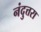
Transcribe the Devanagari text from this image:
नंदुत्तरा